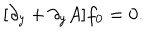
[ \partial _ { y } + \partial _ { y } A ] f _ { 0 } = 0 .